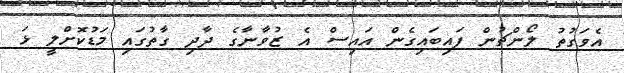
އެވަގުތު ލޯންޗުން ފައިބައިގެން އައިސް އެ ޒުވާނާގެ ދާދި ގާތުގައި މަޑުކޮށްލީ ޅަ